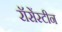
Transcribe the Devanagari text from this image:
रॉसेंस्टीन